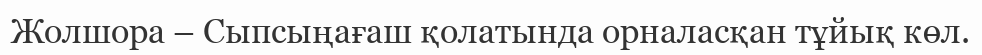
Жолшора – Сыпсыңағаш қолатында орналасқан тұйық көл.